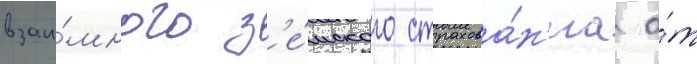
взаи́много з'е́мского страхова́н'иа о́т